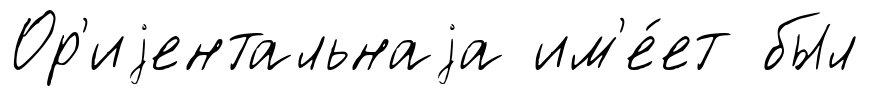
Ор'иjентальнаjа им'е́ет был